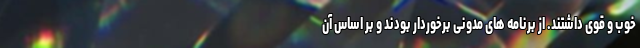
خوب و قوی داشتند. از برنامه های مدونی برخوردار بودند و بر اساس آن